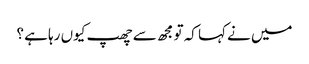
میں نے کہا کہ تو مجھ سے چھپ کیوں رہا ہے ؟